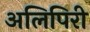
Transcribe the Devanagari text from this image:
अलिपिरी